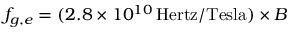
f _ { g , e } = ( 2 . 8 \times 1 0 ^ { 1 0 } \, \mathrm { H e r t z } / \mathrm { T e s l a } ) \times B